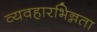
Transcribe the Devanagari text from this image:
व्यवहारभिन्नता